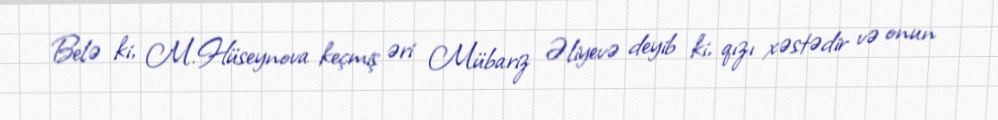
Belə ki, M.Hüseynova keçmiş əri Mübariz Əliyevə deyib ki, qızı xəstədir və onun